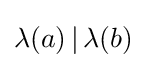
\lambda (a)\,|\,\lambda (b)